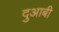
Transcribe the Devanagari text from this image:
दुआबी